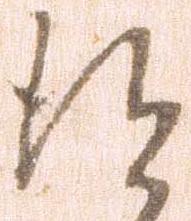
得